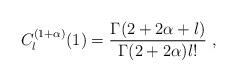
LaTeX: \begin{align*}C_l^{(1+\alpha)}(1) =\frac{\Gamma(2+2\alpha+l)}{\Gamma(2+2\alpha)l!}\ ,\end{align*}